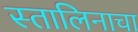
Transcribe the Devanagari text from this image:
स्तालिनाचा